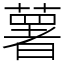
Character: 薯